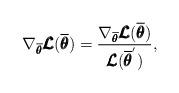
LaTeX: \begin{align*} \nabla_{\overline{\pmb{\theta}}}\pmb{\mathcal{L}}(\overline{\pmb{\theta}}) = \frac{\nabla_{\overline{\pmb{\theta}}}\pmb{\mathcal{L}}(\overline{\pmb{\theta}})}{\pmb{\mathcal{L}}(\overline{\pmb{\theta}}^{'})},\end{align*}